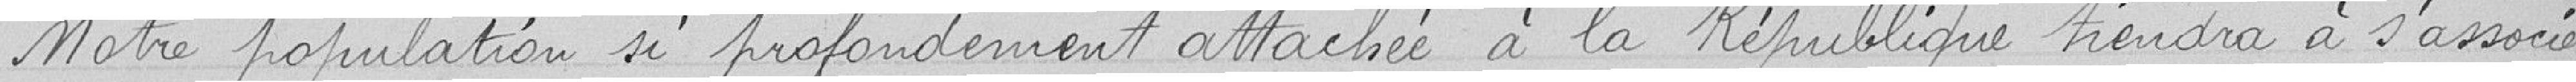
Notre population si profondément attachée à la République tiendra à s'associer